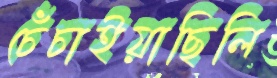
চেঁচাইয়াছিলি